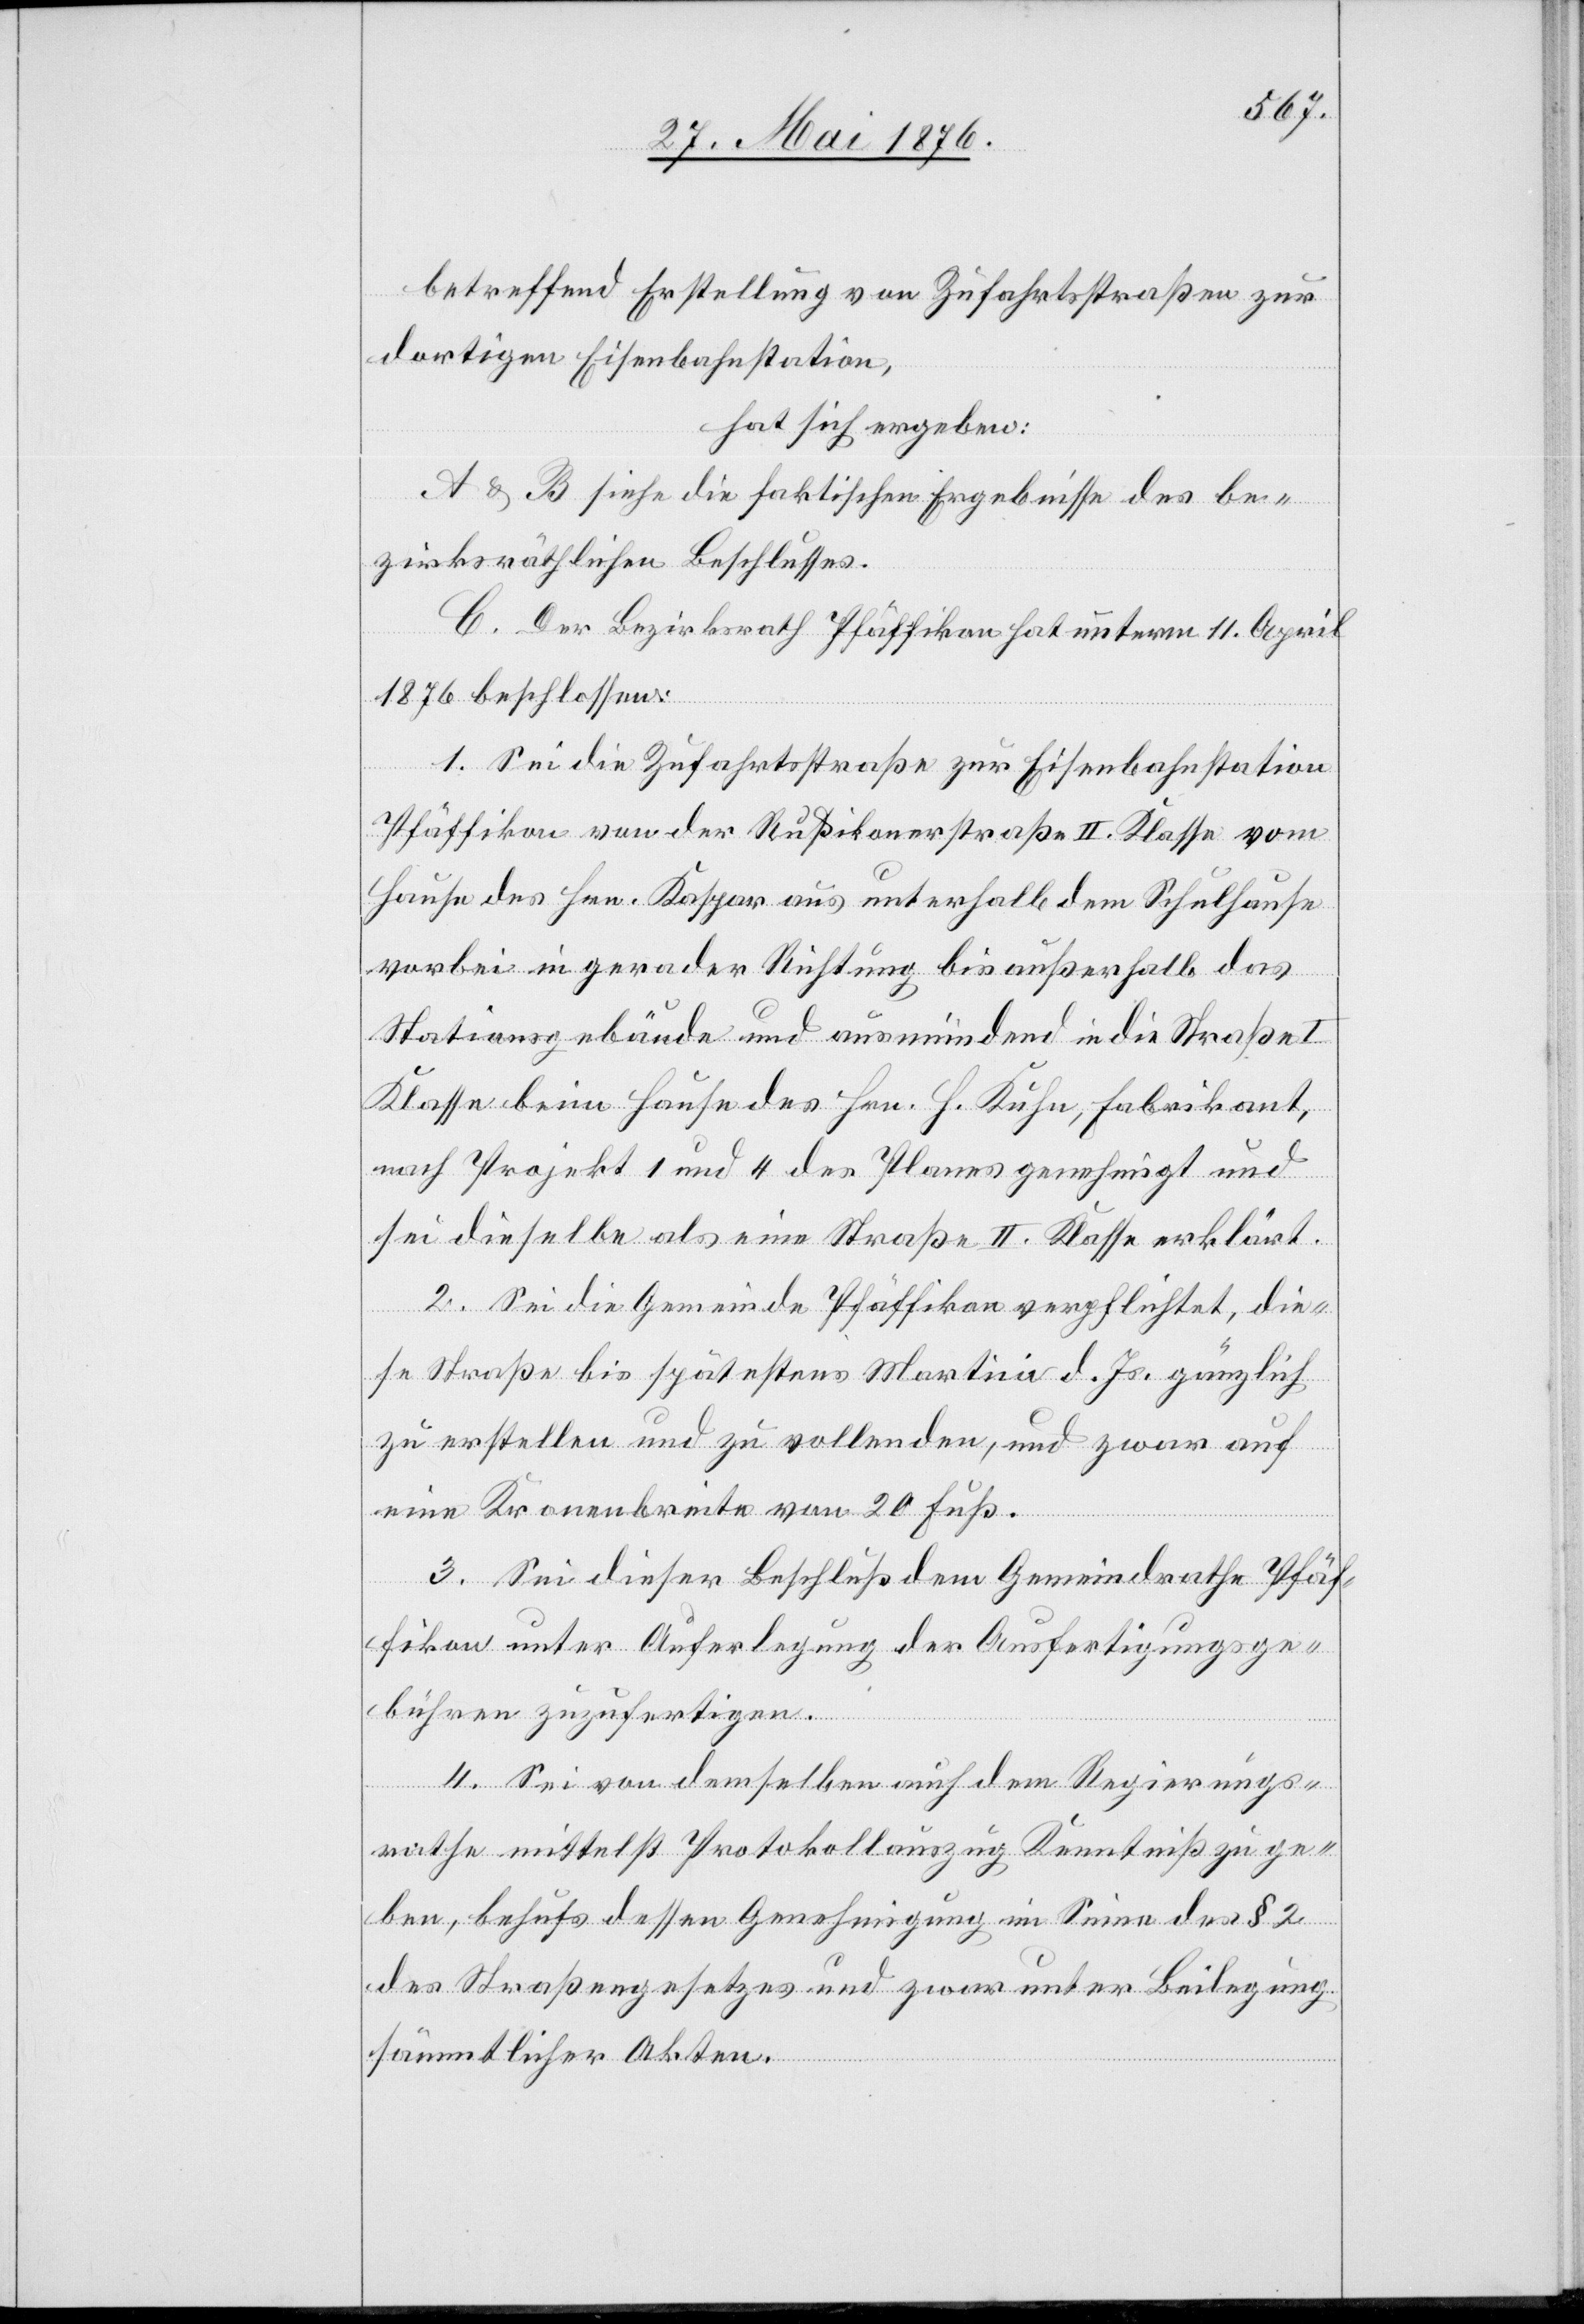
betreffend Erstellung von Zufahrtsstraßen zur
dortigen Eisenbahnstation,
hat sich ergeben:
A & B siehe die faktischen Ergebnisse des be¬
zirksräthlichen Beschlusses.
C. Der Bezirksrath Pfäffikon hat unterm 11. April
1876 beschlossen:
1. Sei die Zufahrtsstraße zur Eisenbahnstation
Pfäffikon von der Rußikonerstraße II. Klasse vom
Hause des Hrn. Kaspar aus unterhalb dem Schulhause
vorbei in gerader Richtung bis außerhalb des
Stationsgebäude und ausmündend in die Straße I.
Klasse beim Hause des Hrn. H. Kuhn, Fabrikant,
nach Projekt 1 und 4 des Planes genehmigt und
sei dieselbe als eine Straße II. Klasse erklärt.
2. Sei die Gemeinde Pfäffikon verpflichtet, die¬
se Straße bis spätestens Martini d. Js. gänzlich
zu erstellen und zu vollenden, und zwar auf
eine Kronenbreite von 20 Fuß.
3. Sei dieser Beschluß dem Gemeindrathe Pfäf¬
fikon unter Auferlegung der Ausfertigungsge¬
bühren zuzufertigen.
4. Sei von demselben auch dem Regierungs¬
rathe mittelst Protokollauszug Kenntniß zu ge¬
ben, behufs dessen Genehmigung im Sinne des § 2
des Straßengesetzes und zwar unter Beilegung
sämmtlicher Akten.